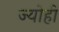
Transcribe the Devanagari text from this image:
ज्योहीं